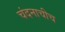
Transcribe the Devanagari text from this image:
चंदनाचीच